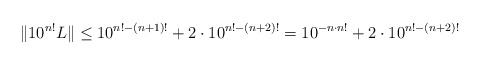
\begin{align*}\Vert 10^{n!}L\Vert\leq 10^{n!-(n+1)!}+2\cdot 10^{n!-(n+2)!}=10^{-n\cdot n!}+2\cdot 10^{n!-(n+2)!}\end{align*}